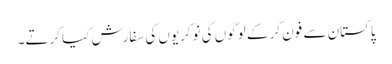
پاکستان سے فون کر کے لوگوں کی نوکریوں کی سفارش کیا کرتے۔